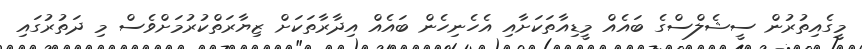
މީގެއިތުރުން ސީޝެލްސްގެ ބައެއް މީޑިއާތަކަށާއި އެހެނިހެން ބައެއް އިދާރާތަކަށް ޒިޔާރަތްކުރުމަށްވެސް މި ދަތުރުގައި